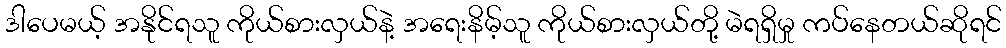
ဒါပေမယ့် အနိုင်ရသူ ကိုယ်စားလှယ်နဲ့ အရေးနိမ့်သူ ကိုယ်စားလှယ်တို့ မဲရရှိမှု ကပ်နေတယ်ဆိုရင်